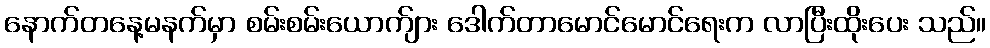
နောက်တနေ့မနက်မှာ စမ်းစမ်းယောက်ျား ဒေါက်တာမောင်မောင်ရေးက လာပြီးထိုးပေး သည်။